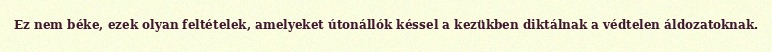
Ez nem béke, ezek olyan feltételek, amelyeket útonállók késsel a kezükben diktálnak a védtelen áldozatoknak.